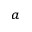
^ { a }